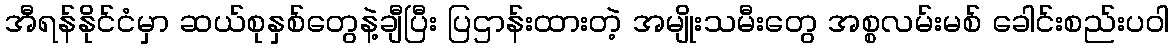
အီရန်နိုင်ငံမှာ ဆယ်စုနှစ်တွေနဲ့ချီပြီး ပြဌာန်းထားတဲ့ အမျိုးသမီးတွေ အစ္စလမ်းမစ် ခေါင်းစည်းပဝါ